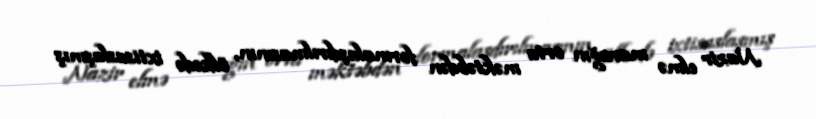
Nazir elmə marağın orta məktəbdən formalaşdırılmasının, ölkədə ixtisaslaşmış